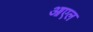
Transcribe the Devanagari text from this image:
आएल